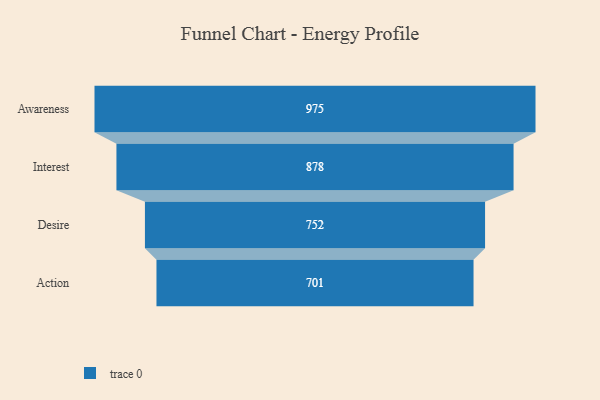
{"axis": {"x": "Stage", "y": "Value"}, "legend": [""], "data": [{"x": "Awareness", "y": 975.0, "type": ""}, {"x": "Interest", "y": 878.0, "type": ""}, {"x": "Desire", "y": 752.0, "type": ""}, {"x": "Action", "y": 701.0, "type": ""}]}